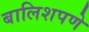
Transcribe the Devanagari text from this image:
बालिशपणे